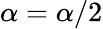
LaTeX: \alpha=\alpha/2